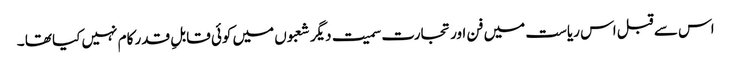
اس سے قبل اس ریاست میں فن اور تجارت سمیت دیگر شعبوں میں کوئی قابلِ قدر کام نہیں کیا تھا ۔